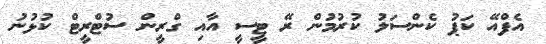
އެފްއޭ ކަޕު ކެންސަލު ކުރުމުން ރޭ ޓީސީ އާއި ގްރީން ސުޓްރީޓް ކުޅުނު